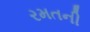
રમતની